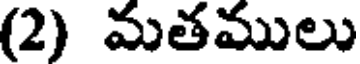
(2) మతములు